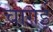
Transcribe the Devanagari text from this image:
चागई